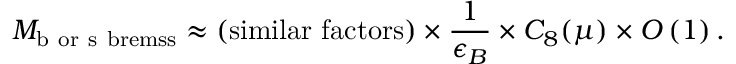
M _ { \mathrm { b \ o r \ s \ b r e m s s } } \approx ( \mathrm { s i m i l a r \ f a c t o r s } ) \times { \frac { 1 } { \epsilon _ { B } } } \times C _ { 8 } ( \mu ) \times O \left( 1 \right) .